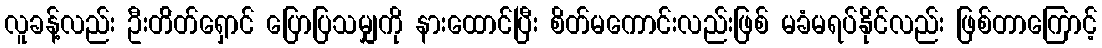
လူခန့်လည်း ဦးတ်ိတ်ရှောင် ပြောပြသမျှကို နားထောင်ပြီး စိတ်မကောင်းလည်းဖြစ် မခံမရပ်နိုင်လည်း ဖြစ်တာကြောင့်